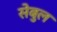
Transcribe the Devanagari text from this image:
सेबुल